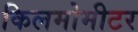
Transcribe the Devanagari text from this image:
किलमोमीटर